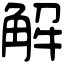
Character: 解